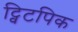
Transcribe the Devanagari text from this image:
ट्विटपिक